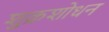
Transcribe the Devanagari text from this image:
शुक्रशोधन